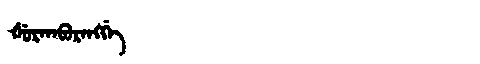
Manchu: ᡧᡠᡵᡤᠠᠪᡠᡵᠠᠩᡤᡝ
Romanization: ŠURGABURANGGE